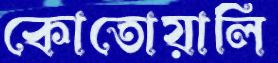
কোতোয়ালি